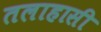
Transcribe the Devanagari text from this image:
तलाहासी